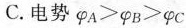
C.电势$$φ _ { A } > φ _ { B } ＞ φ _ { C }$$